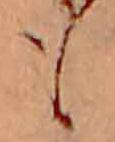
も